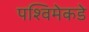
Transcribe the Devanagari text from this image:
पश्विमेकडे